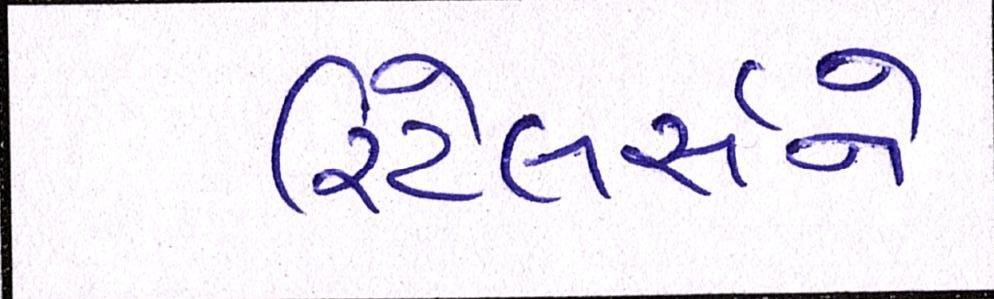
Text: રિટેલર્સને